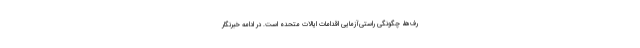
رف‌ها، چگونگی راستی‌آزمایی اقدامات ایالات متحده است. در ادامه خبرنگار